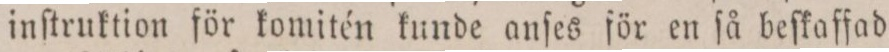
inſtruktion för komitén kunde anſes för en ſå beſkaffad